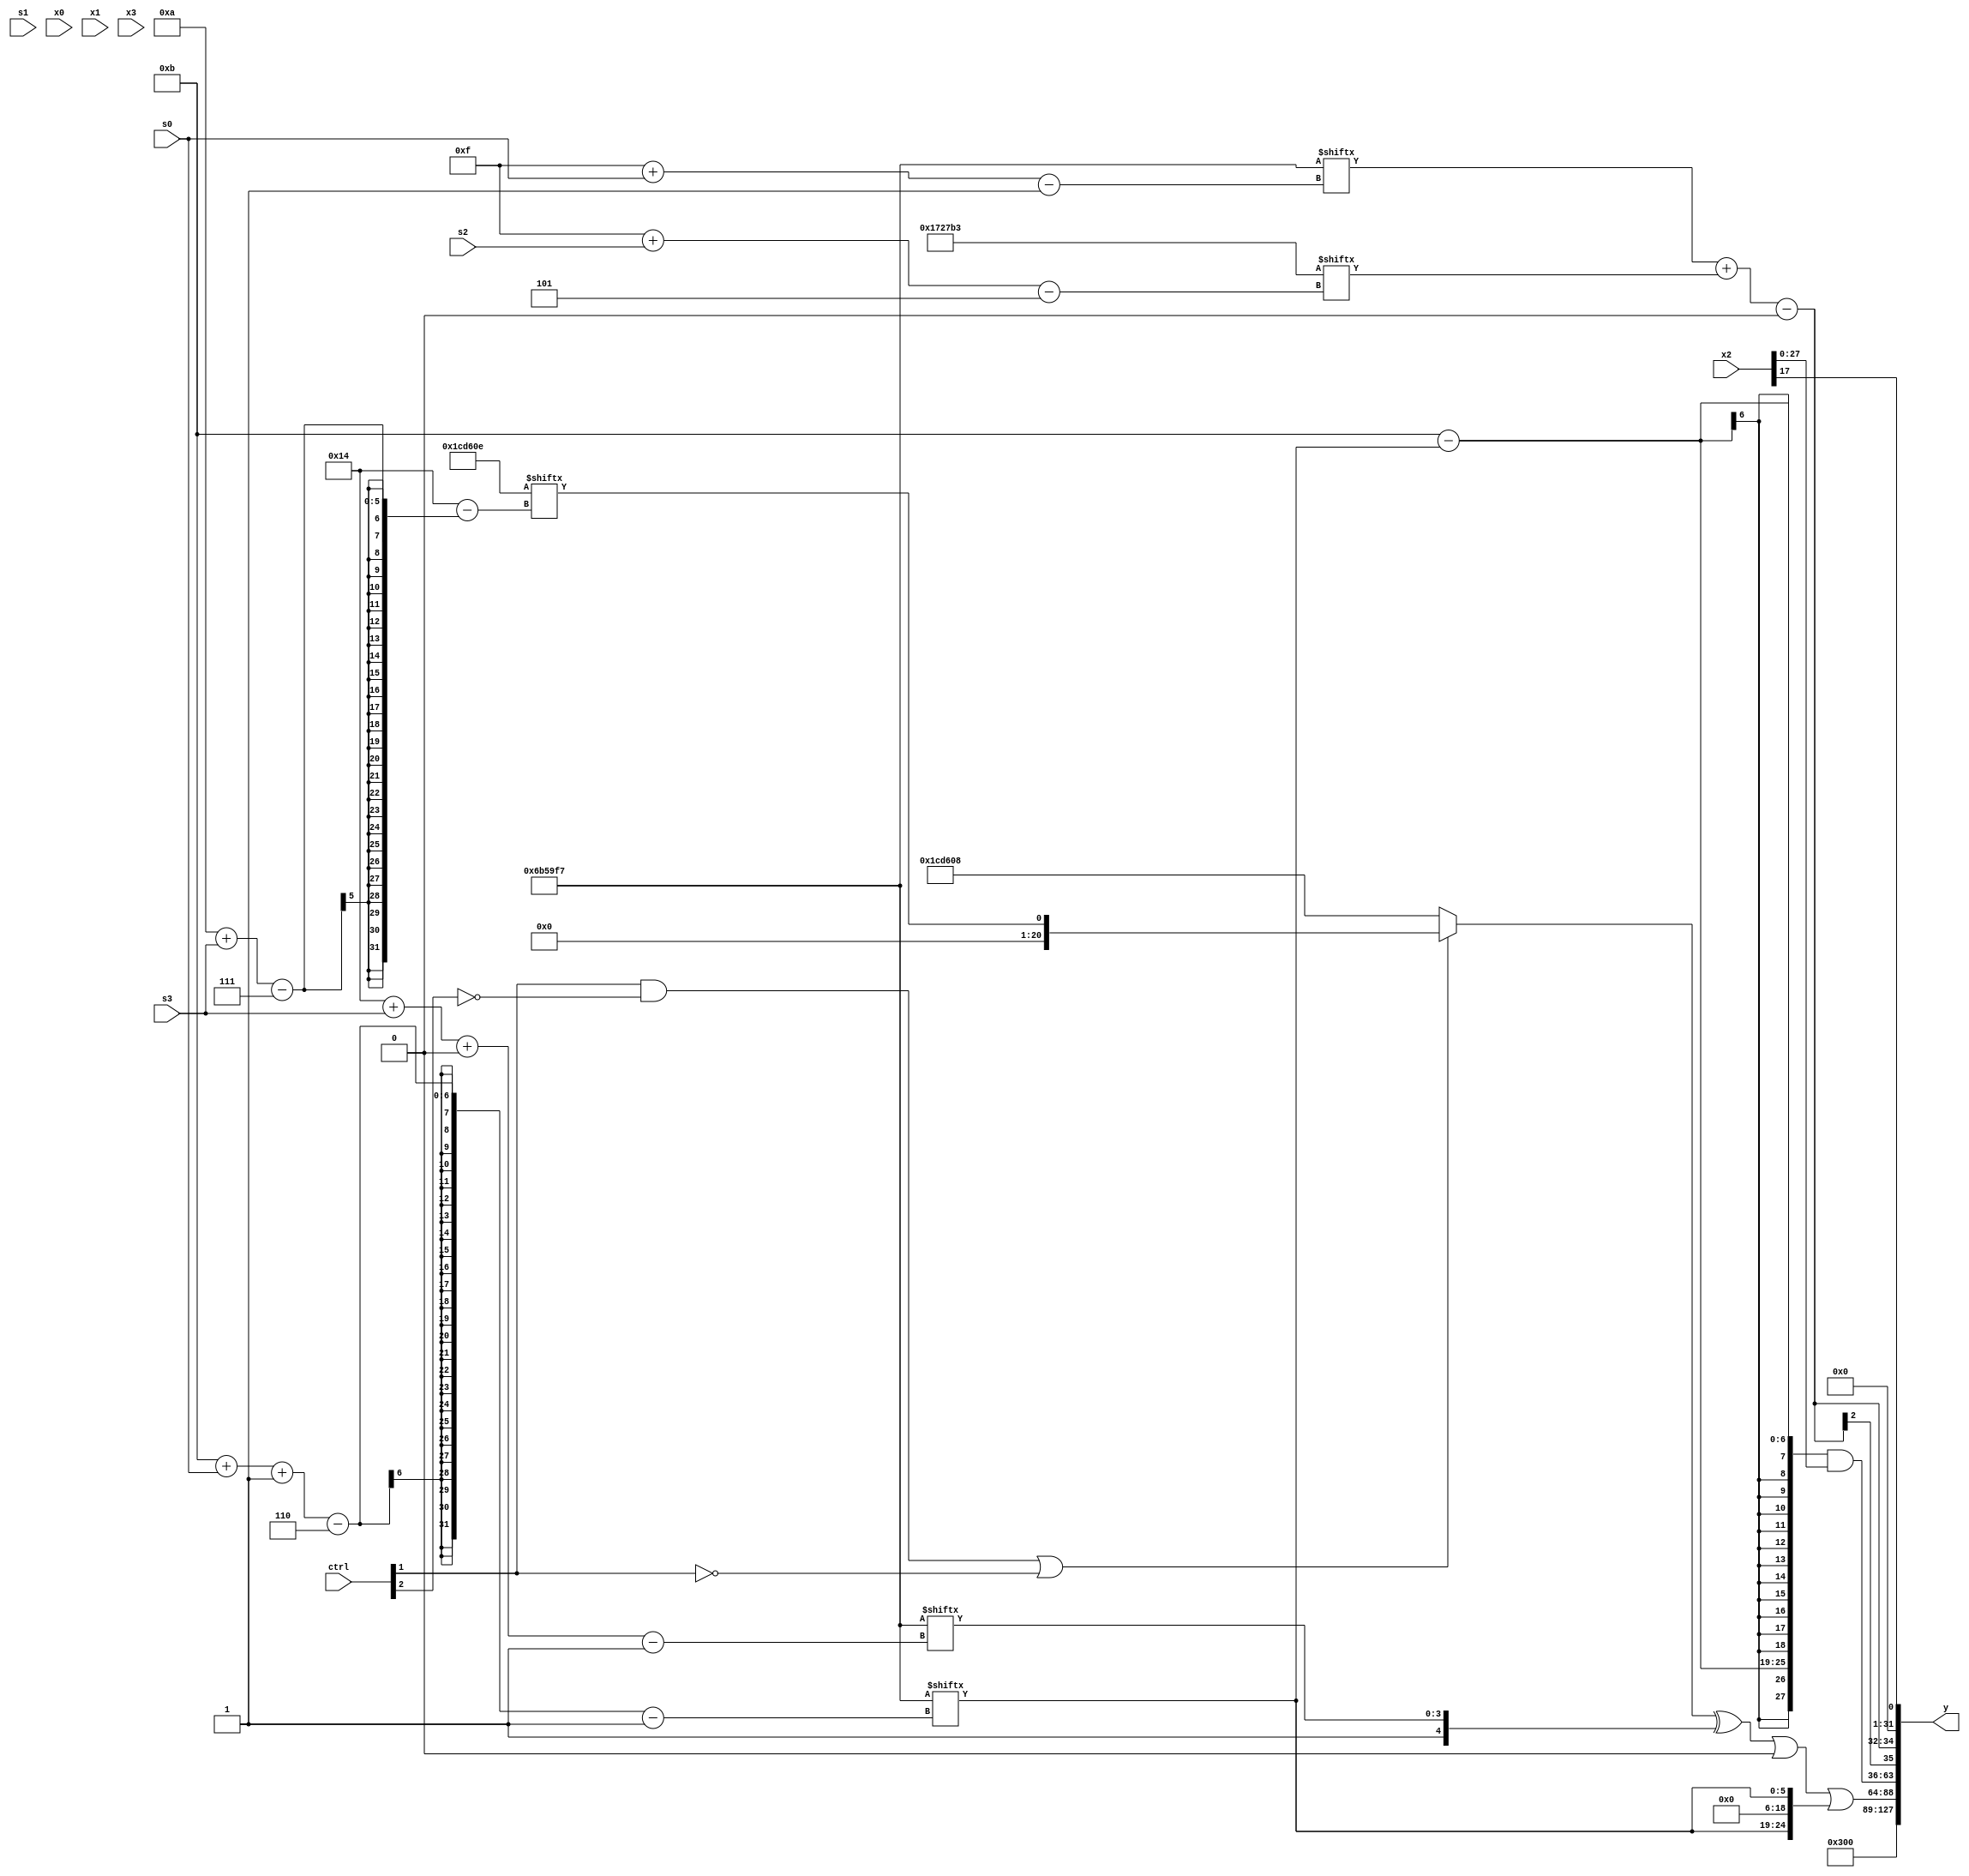
module partsel_00777(ctrl, s0, s1, s2, s3, x0, x1, x2, x3, y);
  input [3:0] ctrl;
  input [2:0] s0;
  input [2:0] s1;
  input [2:0] s2;
  input [2:0] s3;
  input signed [31:0] x0;
  input signed [31:0] x1;
  input [31:0] x2;
  input signed [31:0] x3;
  wire [7:28] x4;
  wire [6:24] x5;
  wire signed [0:30] x6;
  wire signed [29:4] x7;
  wire [1:26] x8;
  wire [29:2] x9;
  wire signed [29:5] x10;
  wire signed [0:31] x11;
  wire [24:1] x12;
  wire signed [4:25] x13;
  wire signed [4:31] x14;
  wire signed [6:31] x15;
  output [127:0] y;
  wire [31:0] y0;
  wire [31:0] y1;
  wire signed [31:0] y2;
  wire signed [31:0] y3;
  assign y = {y0,y1,y2,y3};
  localparam signed [24:1] p0 = 644569591;
  localparam signed [7:27] p1 = 230479374;
  localparam signed [4:27] p2 = 791693166;
  localparam signed [28:5] p3 = 907487155;
  assign x4 = p1[24 + s3 +: 7];
  assign x5 = p0[11 + s0 -: 6];
  assign x6 = p3[22 + s1 +: 4];
  assign x7 = (x2[6 + s2] - (!ctrl[2] || ctrl[2] || ctrl[0] ? ({2{{p2[19], p2[17 + s0]}}} & {((p3[19] + ((p0[23] & x0[18]) | x6[5 + s1])) | p2[17]), (ctrl[1] && ctrl[0] || ctrl[2] ? x1[14 + s3 +: 5] : x5[22 -: 4])}) : (x2[12 +: 3] + (!ctrl[3] && !ctrl[3] && !ctrl[0] ? x4[5 + s3 +: 2] : x2))));
  assign x8 = x4;
  assign x9 = p0[8 +: 2];
  assign x10 = x2[18 + s2 -: 8];
  assign x11 = {2{{x0[21 + s0 +: 7], {(!ctrl[0] && !ctrl[2] || ctrl[0] ? x2[15 + s0] : {x6[12], x8[24 + s2 -: 7]}), {2{x5}}}}}};
  assign x12 = p0[14 -: 4];
  assign x13 = ({2{p2[27 + s1 +: 8]}} & p2[2 + s1 +: 5]);
  assign x14 = (x5[20 + s0 +: 8] - ({((x2[15 -: 4] ^ x8[8 +: 3]) | p2), (!ctrl[2] || ctrl[3] && !ctrl[1] ? x3[12 -: 4] : {2{p0[23]}})} | x3[1 + s1 +: 5]));
  assign x15 = p2[19 + s2];
  assign y0 = p3[8 +: 4];
  assign y1 = {2{((((ctrl[1] && !ctrl[2] || !ctrl[1] ? p1[10 + s3] : (p3[11 +: 3] ^ p1)) ^ {p1[13 -: 1], p0[20 + s3 +: 4]}) | {2{p1[11 +: 1]}}) | x11)}};
  assign y2 = {({2{(p0[15 -: 4] - x5)}} & x2), ((p0[15 + s0] + p3[15 + s2]) - p1[19 +: 4])};
  assign y3 = x2[17];
endmodule